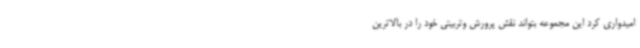
امیدواری کرد این مجموعه بتواند نقش پرورش وتربیتی خود را در بالاترین